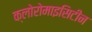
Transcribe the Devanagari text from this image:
क्लोरोमाइसिटीन